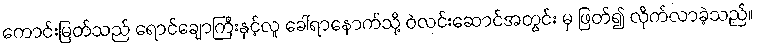
ကောင်းမြတ်သည် ရောင်ချောကြီးနှင့်လူ ခေါ်ရာနောက်သို့ ဝဲလင်းဆောင်အတွင်း မှ ဖြတ်၍ လိုက်လာခဲ့သည်။